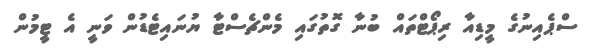
ސްޕެއިނުގެ މީޑިއާ ރިޕޯޓްތައް ބުނާ ގޮތުގައި މެންޗެސްޓާ ޔުނައިޓެޑުން ވަނީ އެ ޓީމުން